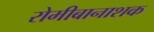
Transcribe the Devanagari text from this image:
रोमीबानाशक